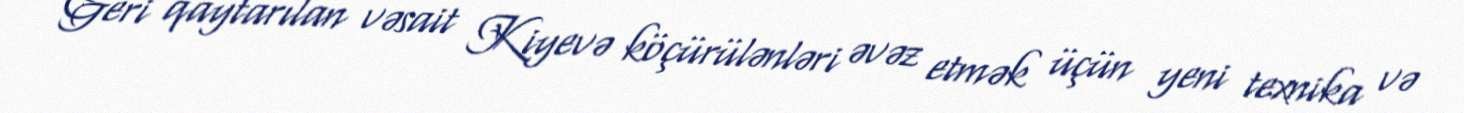
Geri qaytarılan vəsait Kiyevə köçürülənləri əvəz etmək üçün yeni texnika və